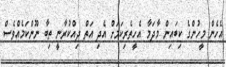
އެހެން މީހުންގެ ކިބައިން މާދަމާ އެހީތެރިކަމަށް އެދި އަތް ދިއްކުރާނީ ތިބާ ނޫންކަމެއްވެސް